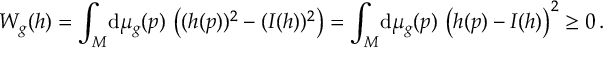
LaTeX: W _ { g } ( h ) = \int _ { M } \! \mathrm { d } \mu _ { g } ( p ) \, \left( ( h ( p ) ) ^ { 2 } - ( I ( h ) ) ^ { 2 } \right) = \int _ { M } \! \mathrm { d } \mu _ { g } ( p ) \, \left( h ( p ) - I ( h ) \right) ^ { 2 } \ge 0 \, .